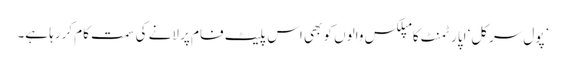
’پول سرکل‘ اپارٹمنٹ کامپلکس والوں کو بھی اس پلیٹ فام پر لانے کی سمت کام کررہا ہے۔